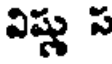
విష్ణు ప